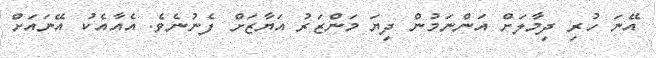
އޭނަ ހުރި ދިމާލަށް އަންނަމުން ދިޔަ މަންޒަރު އަޔާޒަށް ފެނުނެވެ. އެއާއެކު އޭނައަށް